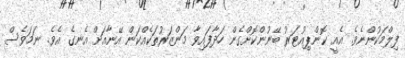
ފިލްމަކުންނެވެ. އެއީ ކޮންޕިއުޓަރު ބޭނުންކޮށްގެން ހަދާފައިވާ މަންޒަރުތަކެއްކަން އޭނާއަށް އެނގެ އެވެ. ނަމަވެސް